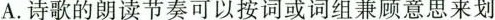
A.诗歌的朗读节奏可以按词或词组兼顾意思来划